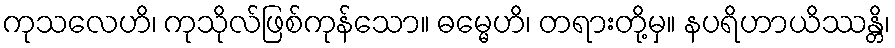
ကုသလေဟိ၊ ကုသိုလ်ဖြစ်ကုန်သော။ ဓမ္မေဟိ၊ တရားတို့မှ။ နပရိဟာယိဿန္တိ၊